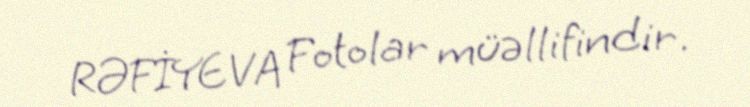
RƏFİYEVA Fotolar müəllifindir.